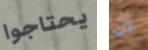
يحتاجوا ان